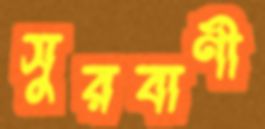
সুরবাণী